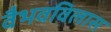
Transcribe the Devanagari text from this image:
वैभवविलास